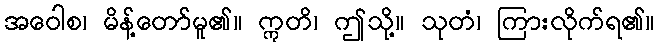
အဝေါစ၊ မိန့်တော်မူ၏။ ဣတိ၊ ဤသို့။ သုတံ၊ ကြားလိုက်ရ၏။